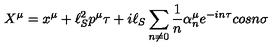
X ^ { \mu } = x ^ { \mu } + \ell _ { S } ^ { 2 } p ^ { \mu } \tau + i \ell _ { S } \sum _ { n \ne 0 } \frac { 1 } { n } \alpha _ { n } ^ { \mu } e ^ { - i n \tau } c o s n \sigma